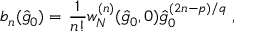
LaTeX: b _ { n } ( \hat { g } _ { 0 } ) = \left. \frac { 1 } { n ! } w _ { N } ^ { ( n ) } ( \hat { g } _ { 0 } , 0 ) \hat { g } _ { 0 } ^ { ( 2 n - p ) / q } \right. ,